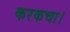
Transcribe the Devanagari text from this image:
करकचा।